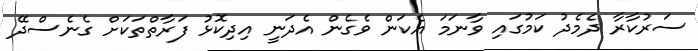
ސަރުކާރާ ދެމެދު ކަމުގައި ވާނަމަ އެކަން ވެގެން އެދަނީ އިދިކޮޅު ފަރާތްތަކަށް ގެނެސްދޭ